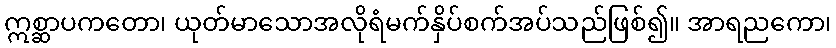
ဣစ္ဆာပကတော၊ ယုတ်မာသောအလိုရံမက်နှိပ်စက်အပ်သည်ဖြစ်၍။ အာရညကော၊